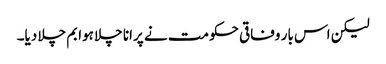
لیکن اس بار وفاقی حکومت نے پرانا چلا ہوا بم چلا دیا۔